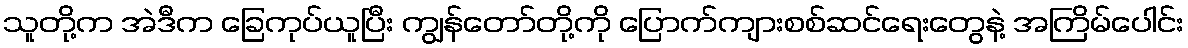
သူတို့က အဲဒီက ခြေကုပ်ယူပြီး ကျွန်တော်တို့ကို ပြောက်ကျားစစ်ဆင်ရေးတွေနဲ့ အကြိမ်ပေါင်း